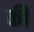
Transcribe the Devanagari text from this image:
की